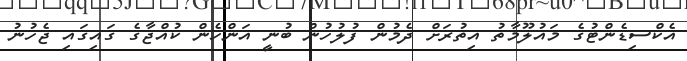
އެކްސިޑެންޓުގެ މައުލޫމާތު އިތުރަށް ދެމުން ފުލުހުން ބުނީ އަންހެން ކުއްޖާގެ ގައިގައި ޖެހުނު